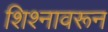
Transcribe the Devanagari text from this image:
शिश्नावरून